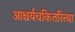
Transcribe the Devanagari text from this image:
आश्चर्यचकितरित्या